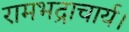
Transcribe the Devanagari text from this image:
रामभद्राचार्य।